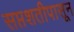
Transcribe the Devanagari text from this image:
सप्तशतीपासून